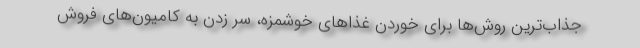
جذاب‌ترین روش‌ها برای خوردن غذاهای خوشمزه، سر زدن به کامیون‌های فروش